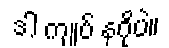
ဒါ ကျုပ် နဂိုပဲ။